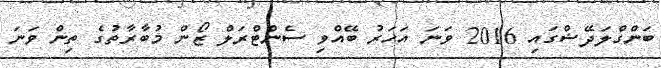
ބަންގްލަދޭޝްގައި 2016 ވަނަ އަހަރު ބޭއްވި ސެންޓްރަލް ޒޯން މުބާރާތުގެ ތިން ވަނަ